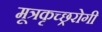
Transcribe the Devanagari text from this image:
मूत्रकृच्छ्ररोगी